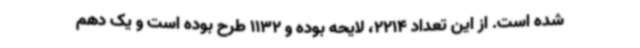
شده است. از این تعداد 2214، لایحه بوده و 1132 طرح بوده است و یک دهم